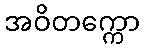
အဝိတက္ကော